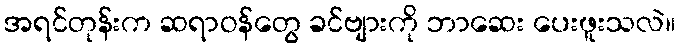
အရင်တုန်းက ဆရာဝန်တွေ ခင်ဗျားကို ဘာဆေး ပေးဖူးသလဲ။